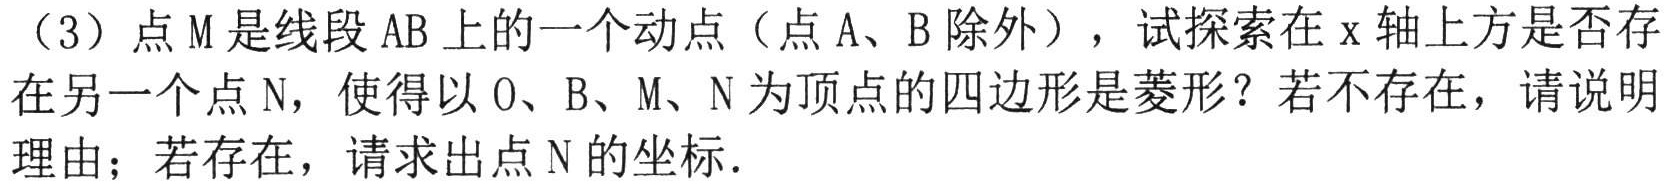
（3）点\(M\)是线段\(AB\)上的一个动点（点\(A、B\)除外），试探索在\(x\)轴上方是否存在另一个点\(N\)，使得以\(O、B、M、N\)为顶点的四边形是菱形？若不存在，请说明理由；若存在，请求出点\(N\)的坐标.